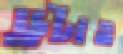
ড্রটাও